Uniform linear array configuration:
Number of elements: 12
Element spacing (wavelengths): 0.75
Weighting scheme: hann
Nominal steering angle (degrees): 45
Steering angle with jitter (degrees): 45.307
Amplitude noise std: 0.05
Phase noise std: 0.05

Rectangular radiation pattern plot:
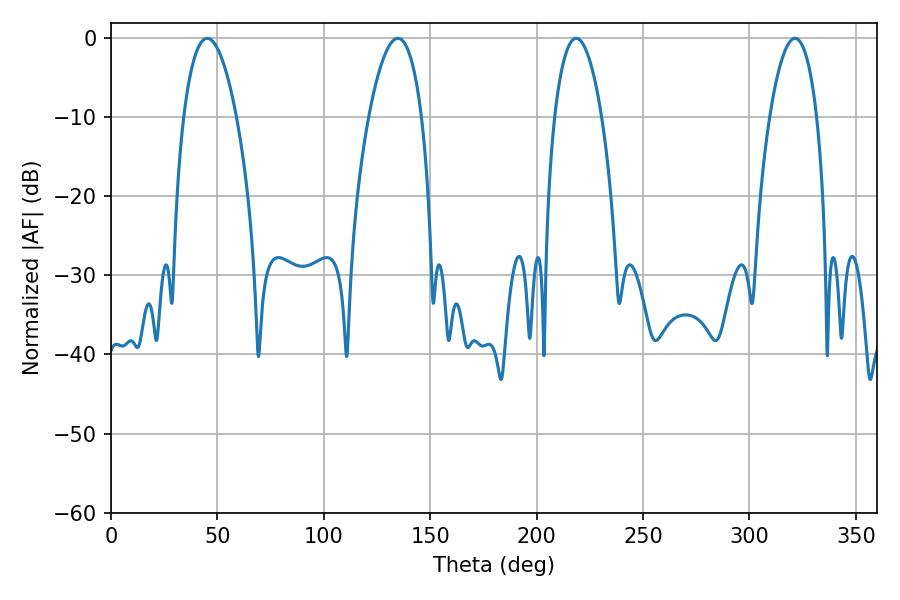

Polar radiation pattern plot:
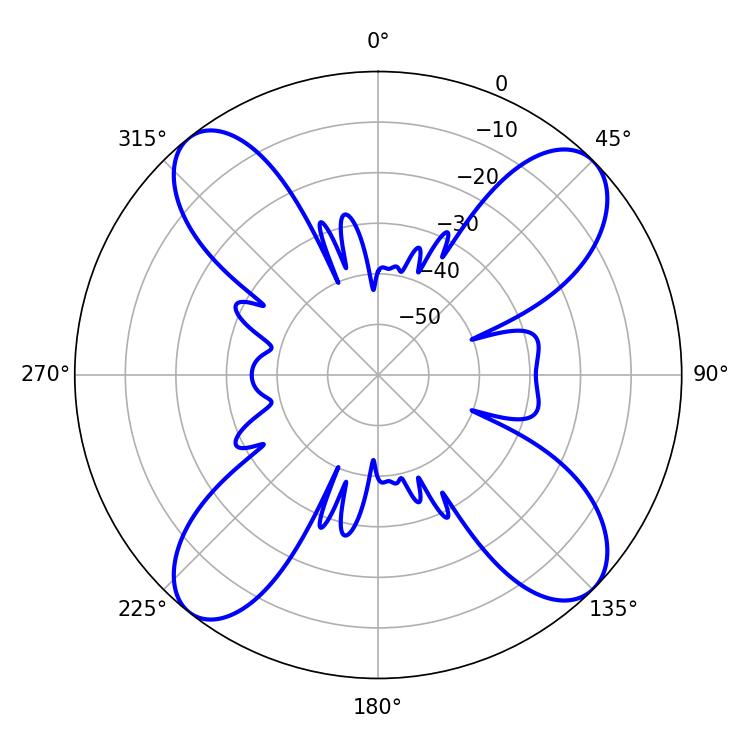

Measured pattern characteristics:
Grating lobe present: TRUE
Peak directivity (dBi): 14.016
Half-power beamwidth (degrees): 13.86
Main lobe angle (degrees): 45.18